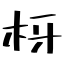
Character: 枒